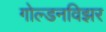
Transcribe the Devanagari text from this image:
गोल्डनविझर